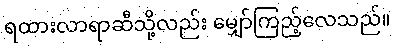
ရထားလာရာဆီသို့လည်း မျှော်ကြည့်လေသည်။